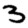
Digit: 3